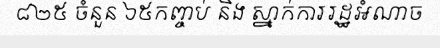
៨២៥ ចំនួន ៦៥កញ្ចប់ និង ស្នាក់ការរដ្ឋអំណាច